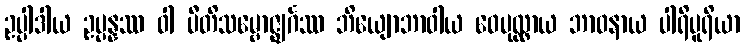
ဥပ္ပါဒါယ ဥပ္ပန္နဿ ဝါ ပီတိသမ္ဗောဇ္ဈင်္ဂဿ ဘိယျောဘာဝါယ ဝေပုလ္လာယ ဘာဝနာယ ပါရိပူရိယာ